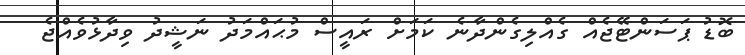
ބޮޑު ޕަސަންޓޭޖެއް ގެއްލިގެންދާނެ ކަމަށް ރައީސް މުޙައްމަދު ނަޝީދު ވިދާޅުވެއްޖެ